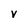
Character: v